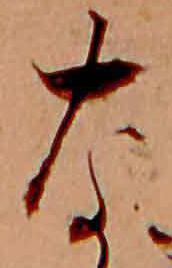
な